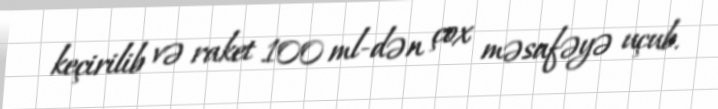
keçirilib və raket 100 ml-dən çox məsafəyə uçub.